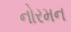
નોરમન